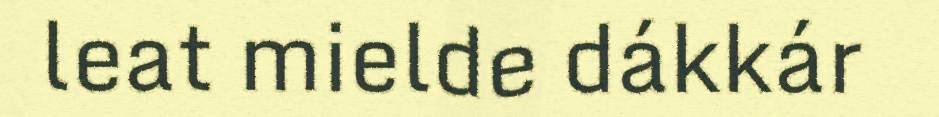
leat mielde dákkár